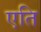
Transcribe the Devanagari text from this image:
एति